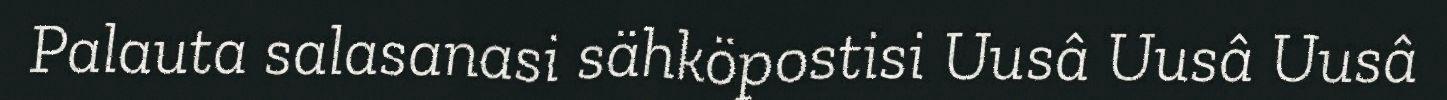
Palauta salasanasi sähköpostisi Uusâ Uusâ Uusâ